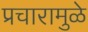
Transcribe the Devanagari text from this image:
प्रचारामुळे